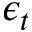
\epsilon _ { t }